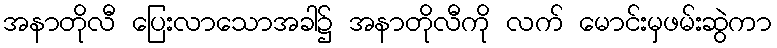
အနာတိုလီ ပြေးလာသောအခါ၌ အနာတိုလီကို လက် မောင်းမှဖမ်းဆွဲကာ